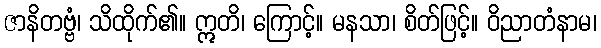
ဇာနိတဗ္ဗံ၊ သိထိုက်၏။ ဣတိ၊ ကြောင့်။ မနသာ၊ စိတ်ဖြင့်။ ဝိညာတံနာမ၊